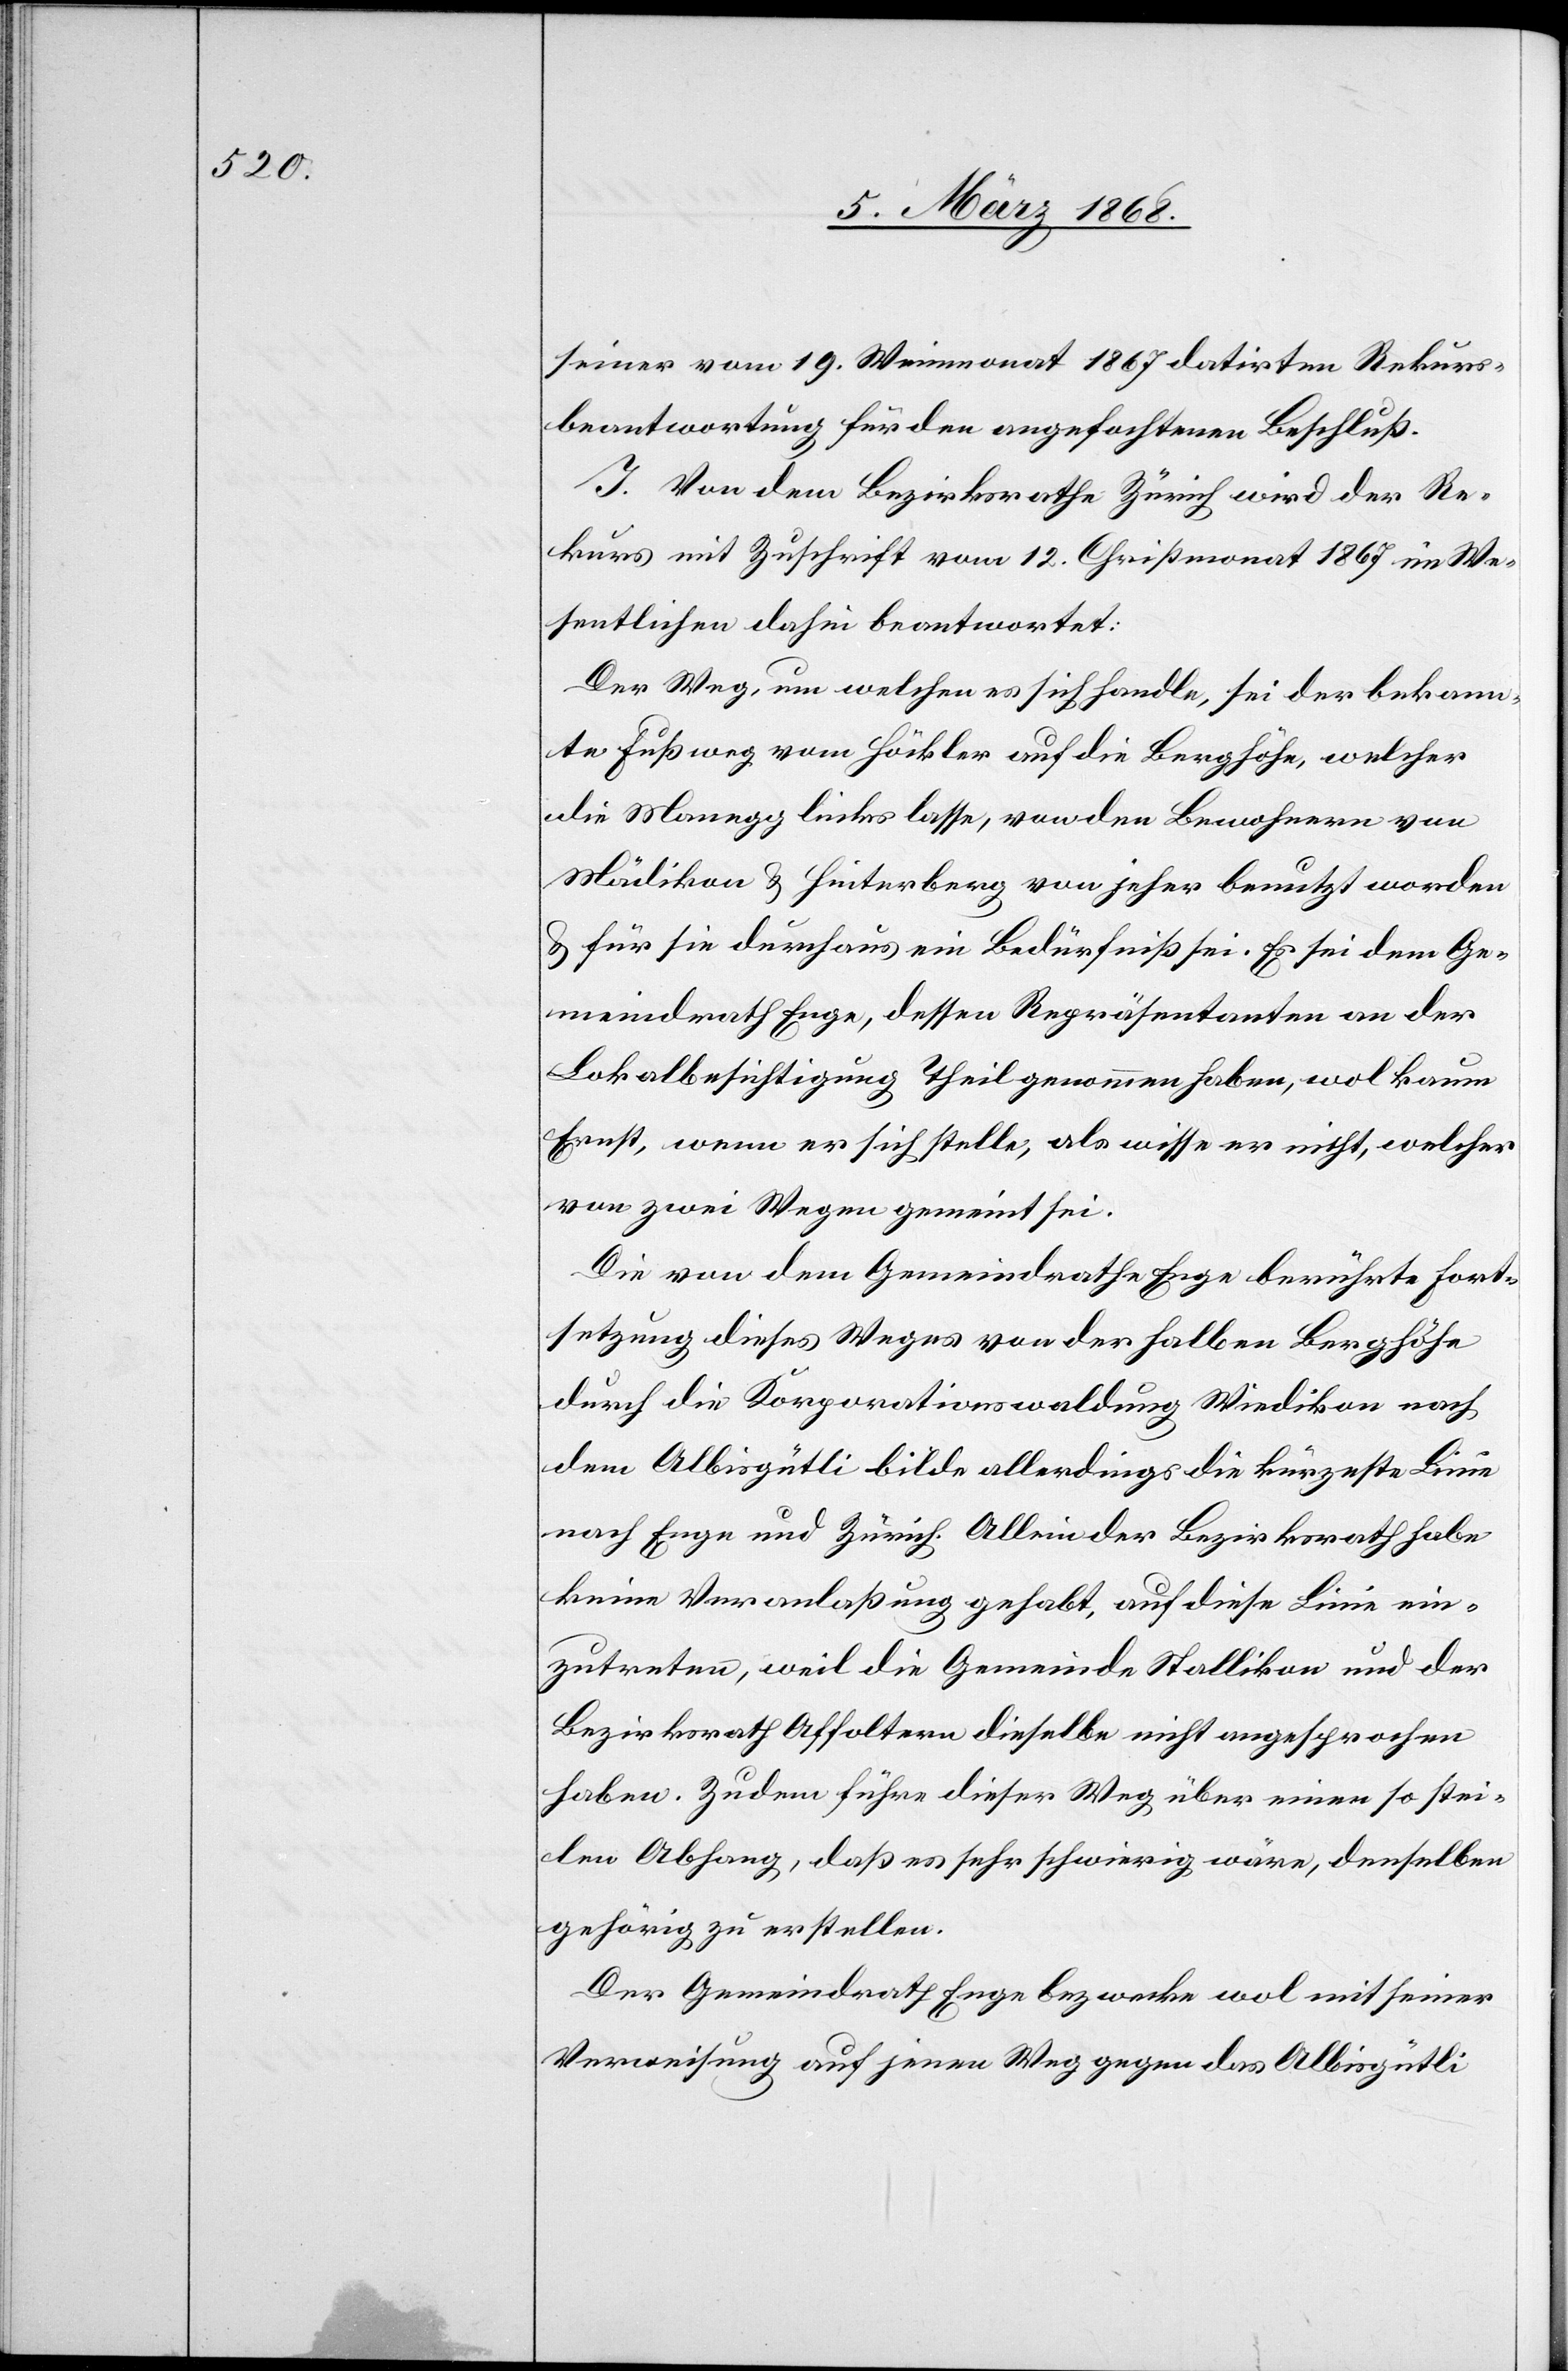
seiner vom 19. Weinmonat 1867 datirten Rekurs¬
beantwortung für den angefochtenen Beschluß.
I. Von dem Bezirksrathe Zürich wird der Re¬
kurs mit Zuschrift vom 12. Christmonat 1867 im We¬
sentlichen dahin beantwortet:
Der Weg, um welchen es sich handle, sei der bekann¬
te Fußweg vom Höckler auf die Berghöhe, welcher
die Manegg links lasse, von den Bewohnern von
Mädikon & Hinterberg von jeher benutzt worden
& für sie durchaus ein Bedürfniß sei. Es sei dem Ge¬
meindrath Enge, dessen Repräsentanten an der
Lokalbesichtigung Theil genommen haben, wol kaum
Ernst, wenn er sich stelle, als wisse er nicht, welcher
von zwei Wegen gemeint sei.
Die von dem Gemeindrathe Enge berührte Fort¬
setzung dieses Weges von der halben Berghöhe
durch die Korporationswaldung Wiedikon nach
dem Albisgütli bilde allerdings die kürzeste Linie
nach Enge und Zürich. Allein der Bezirksrath habe
keine Veranlaßung gehabt, auf diese Linie ein¬
zutreten, weil die Gemeinde Stallikon und der
Bezirksrath Affoltern dieselbe nicht angesprochen
haben. Zudem führe dieser Weg über einen so stei¬
len Abhang, daß es sehr schwierig wäre, denselben
gehörig zu erstellen.
Der Gemeindrath Enge bezwecke wol mit seiner
Verweisung auf jenen Weg gegen das Albisgütli